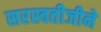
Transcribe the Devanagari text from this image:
सरस्वतीजीने